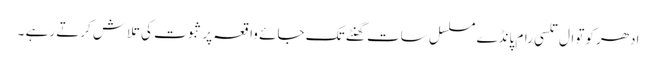
ادھر کوتوال تلسی رام پانڈے مسلسل سات گھنٹے تک جائے واقعہ پر ثبوت کی تلاش کرتے رہے ۔